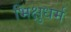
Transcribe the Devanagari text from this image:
भिक्षुधर्म